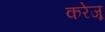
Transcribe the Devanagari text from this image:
करेजू